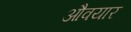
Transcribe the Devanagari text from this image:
औवयार